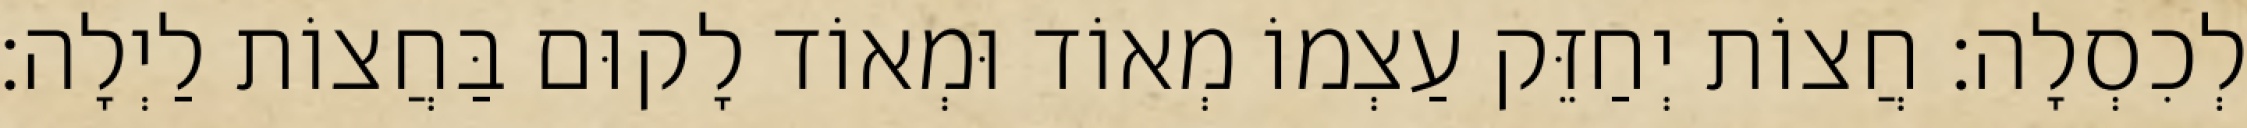
לְכִסְלָה: חֲצוֹת יְחַזֵּק עַצְמוֹ מְאוֹד וּמְאוֹד לָקוּם בַּחֲצוֹת לַיְלָה: